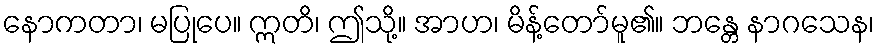
နောကတာ၊ မပြုပေ။ ဣတိ၊ ဤသို့။ အာဟ၊ မိန့်တော်မူ၏။ ဘန္တေ နာဂသေန၊